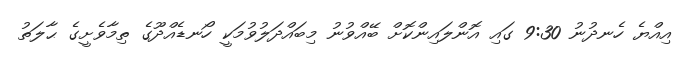
އިއްޔެ ހެނދުނު 9:30 ގައި އޮންލައިންކޮށް ބޭއްވުނު މިބައްދަލުވުމަކީ ހޯނޑެއްދޫގެ ތިމާވެށީގެ ޙާލަތު